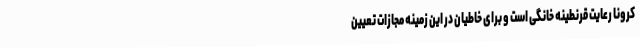
کرونا رعایت قرنطینه خانگی است و برای خاطیان در این زمینه مجازات تعیین